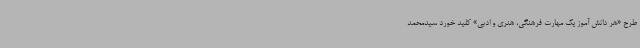
طرح «هر دانش آموز یک مهارت فرهنگی، هنری و ادبی» کلید خورد سیدمحمد